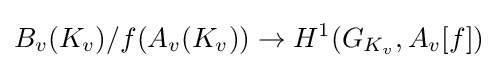
B_{v}(K_{v})/f(A_{v}(K_{v}))\rightarrow H^{1}(G_{K_{v}},A_{v}[f])